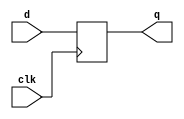
`timescale 1ns / 1ps
module D_FF(q, d, clk);

input d, clk;
output reg q;
//D flip-flop
always@(posedge clk)
begin
    q  <= d;
end
endmodule